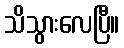
သိသွားလေပြီ။